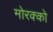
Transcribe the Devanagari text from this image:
मोरक्को